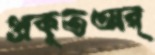
প্রকৃতঅর্